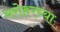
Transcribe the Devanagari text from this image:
धरोहरच्या